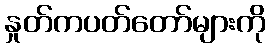
နှုတ်ကပတ်တော်များကို